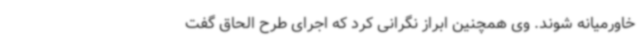
خاورمیانه شوند. وی همچنین ابراز نگرانی کرد که اجرای طرح الحاق گفت